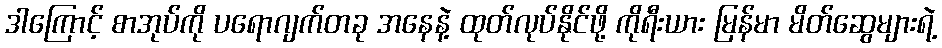
ဒါကြောင့် စာအုပ်ကို ပရောဂျက်တခု အနေနဲ့ ထုတ်လုပ်နိုင်ဖို့ ကိုရီးယား မြန်မာ မိတ်ဆွေများရဲ့